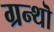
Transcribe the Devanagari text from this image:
ग्रन्थॊ